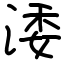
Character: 涹